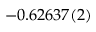
- 0 . 6 2 6 3 7 ( 2 )